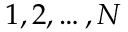
1 , 2 , \dots , N